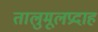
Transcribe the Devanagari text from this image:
तालुमूलप्रदाह